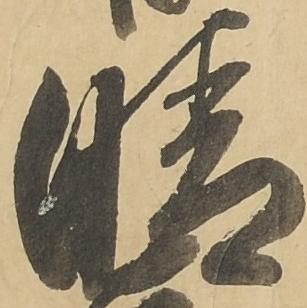
晴